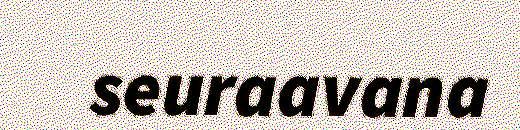
seuraavana